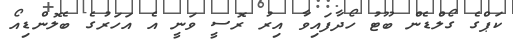
ކަޕްގެ ގޯލްޑެން ބޫޓު ހޯދާފައިވާ އިރު ރޮސީ ވަނީ އެ އަހަރުގެ ބެލޮންޑިއޯ